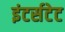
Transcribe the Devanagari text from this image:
इंटर्सटेट